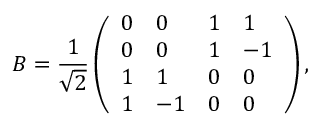
B = \frac { 1 } { \sqrt { 2 } } \left( \begin{array} { l l l l } { 0 } & { 0 } & { 1 } & { 1 } \\ { 0 } & { 0 } & { 1 } & { - 1 } \\ { 1 } & { 1 } & { 0 } & { 0 } \\ { 1 } & { - 1 } & { 0 } & { 0 } \end{array} \right) ,